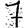
Digit: 7